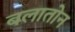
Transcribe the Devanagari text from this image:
बलातोन